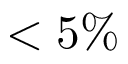
< 5 \%